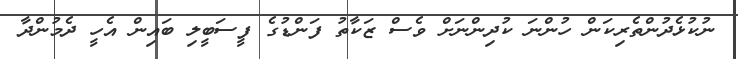
ނުކުޅެދުންތެރިކަން ހުންނަ ކުދިންނަށް ވެސް ޒަކާތު ފަންޑުގެ ފީސަބީލި ބައިން އެހީ ދެމުންދާ